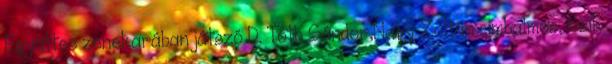
Együttes zenekarában játszó D. Tóth Sándor,Nagy Zoltán cimbalmos, Csík